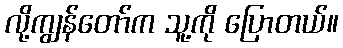
လို့ကျွန်တော်က သူ့ကို ပြောတယ်။